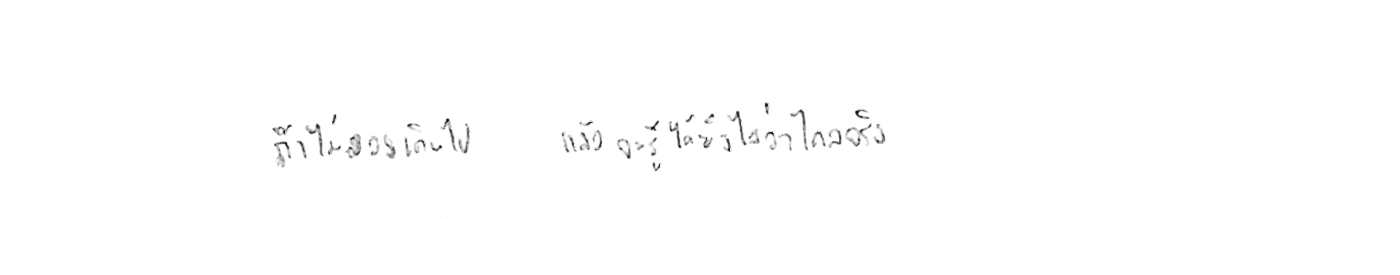
ถ้าไม่ลองเดินไป แล้วจะรู้ได้ยังไงว่าไกลจริง